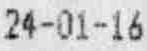
24-01-16